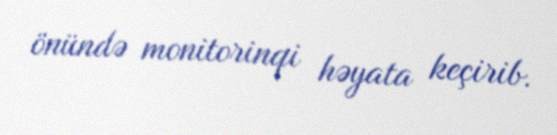
önündə monitorinqi həyata keçirib.